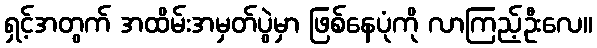
ရှင့်အတွက် အထိမ်းအမှတ်ပွဲမှာ ဖြစ်နေပုံကို လာကြည့်ဦးလေ။